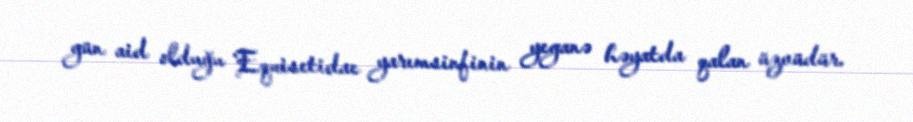
gün aid olduğu Equisetidae yarımsinfinin yeganə həyatda qalan üzvüdür.